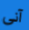
آنى